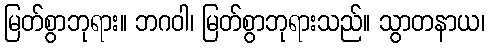
မြတ်စွာဘုရား။ ဘဂဝါ၊ မြတ်စွာဘုရားသည်။ သွာတနာယ၊